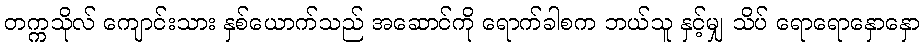
တက္ကသိုလ် ကျောင်းသား နှစ်ယောက်သည် အဆောင်ကို ရောက်ခါစက ဘယ်သူ နှင့်မျှ သိပ် ရောရောနှောနှော